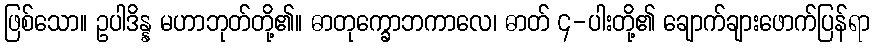
ဖြစ်သော။ ဥပါဒိန္န မဟာဘုတ်တို့၏။ ဓာတုက္ခောဘကာလေ၊ ဓာတ် ၄-ပါးတို့၏ ချောက်ချားဖောက်ပြန်ရာ